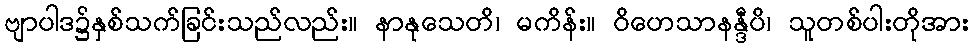
ဗျာပါဒ၌နှစ်သက်ခြင်းသည်လည်း။ နာနုသေတိ၊ မကိန်း။ ဝိဟေသာနန္ဒီပိ၊ သူတစ်ပါးတိုအား